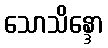
သောသိန္ဒော